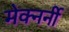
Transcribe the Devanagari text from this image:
मेक्नर्नी